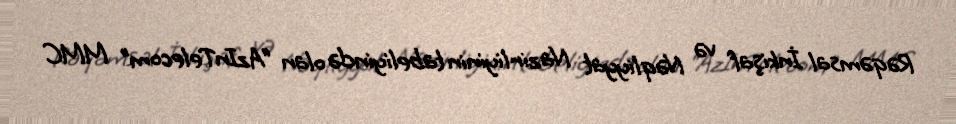
Rəqəmsal İnkişaf və Nəqliyyat Nazirliyinin tabeliyində olan “AzInTelecom” MMC